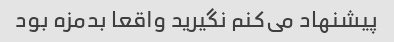
پیشنهاد می‌کنم نگیرید واقعا بدمزه بود